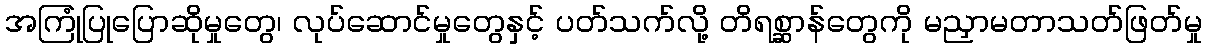
အကြုံပြုပြောဆိုမှုတွေ၊ လုပ်ဆောင်မှုတွေနှင့် ပတ်သက်လို့ တိရစ္ဆာန်တွေကို မညှာမတာသတ်ဖြတ်မှု